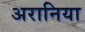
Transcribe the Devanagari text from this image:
अरानिया